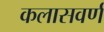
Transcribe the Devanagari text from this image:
कलासवर्ण